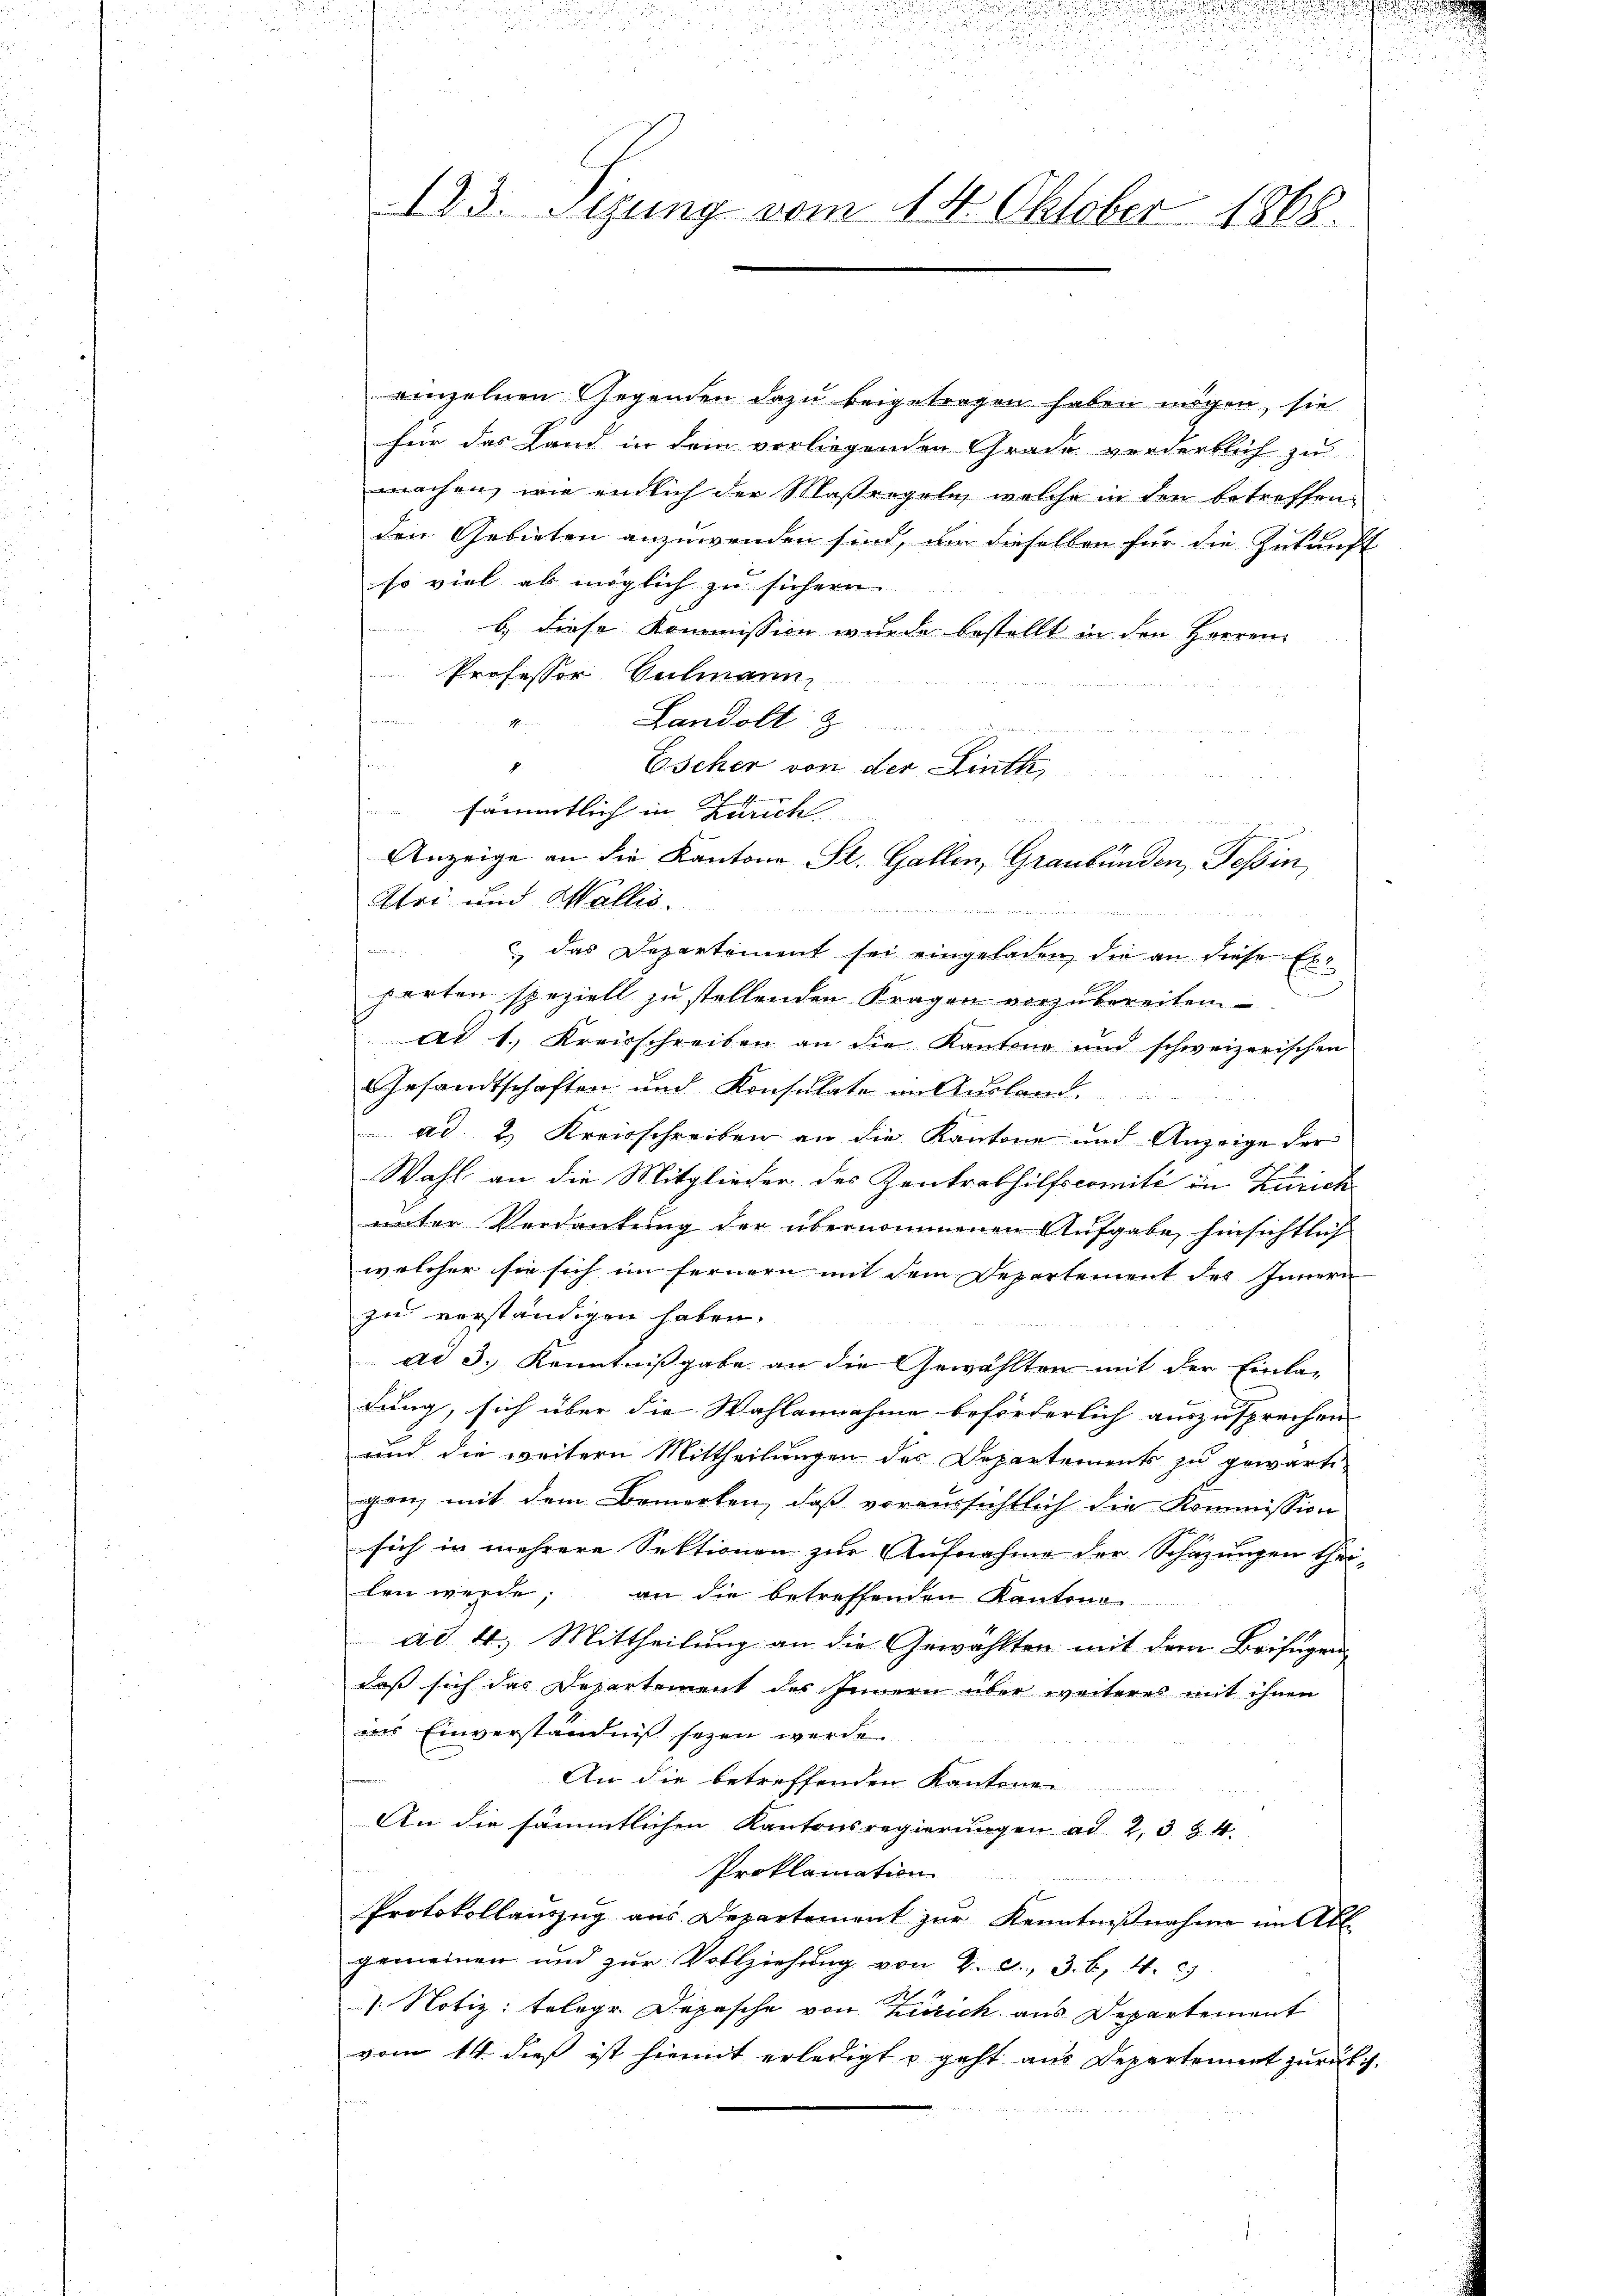
.

8
123. Sizung vom 14. Oktober 1868.

n
24

einzelnen Gegenden dazu beigetragen haben mögen, sie
für das Land in dem vorliegenden Grade vordertlich zu
machen, wie endlich der Maßregeln, welche in den betreffenden Gebieten anzuwenden sind, um dieselben für die Zukunft
so viel als möglich zu sichern.
b. diese Kommission wurde bestellt in den Herren
Professor Sulmann
Landoll
1
.
Escher von der Linth,
sämmtlich in Zürich.
Anzeige an die Kantone St. Gallen, Graubünden, Tessin,
Uri und Wallis.

c das Departement sei eingeladen, die an diese Exparten speziell zu stellenden Fragen vorzubereiten
ad 1. Kreisschreiben an die Kantone und schweizerischen
Gesandtschaften und Konsulate im Ausland.
ad 2. Kreisschreiben an die Kantone und Anzeige der
Wahl an die Mitglieder des Zentrathilfscomité in Zürich
unter Verdankung der übernommenen Aufgabe hinsichtlich
welcher sie sich im fernern mit dem Departement des Innern
zu verständigen haben.
ad 3. Kenntnißgabe an die Gewählten mit der Einla-
dung, sich über die Wahlannahme beförderlich auszusprechen
und die weitern Mittheilungen des Departements zu gewärti-
gen, mit dem Bemerken, daß voraussichtlich die Kommission
sich in mehrere Sektionen zur Aufnahme der Schazungen thei-
len werde; an die betreffenden Kantone
ad. 4. Mittheilung an die Gewählten mit dem Beifügendaß sich das Departement des Innern über weiteres mit ihnen
ins Einverständniß seyen werde.
An die betreffenden Kantonen
An die sämmtlichen Kantonsregierungen ad 2, 3 § 4
Proklamation
e
Protokollauszug aus Departement zur Kenntnißnahme im All
gemeinen und zur Vollziehung von 2. d. 3. b. 4.
1. Notiz: telege Depesche von Zürich aus Departement
vom 14. dieß ist hiemit erledigt u geht aus Departement zurück.